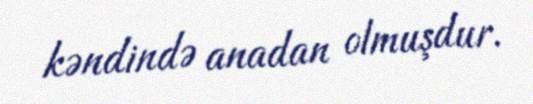
kəndində anadan olmuşdur.